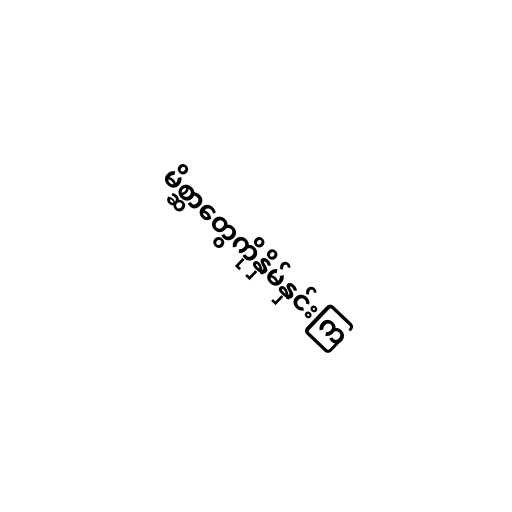
မိစ္ဆာတွေကိုနှိမ်နှင်းကြ